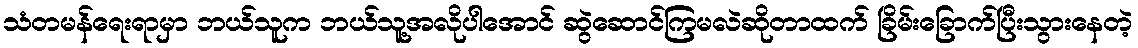
သံတမန်ရေးရာမှာ ဘယ်သူက ဘယ်သူ့အလိုပါအောင် ဆွဲဆောင်ကြမလဲဆိုတာထက် ခြိမ်းခြောက်ပြီးသွားနေတဲ့